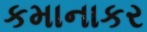
કમાનાકર